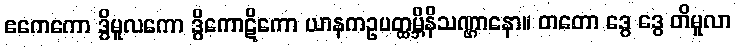
ဧကေကော ဒွိမူလကော ဒွိကောဋိကော ယာနကဥပတ္ထမ္ဘိနိသဏ္ဌာနော။ တတော ဒွေ ဒွေ တိမူလာ